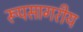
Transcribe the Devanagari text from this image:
रूपसागरीय